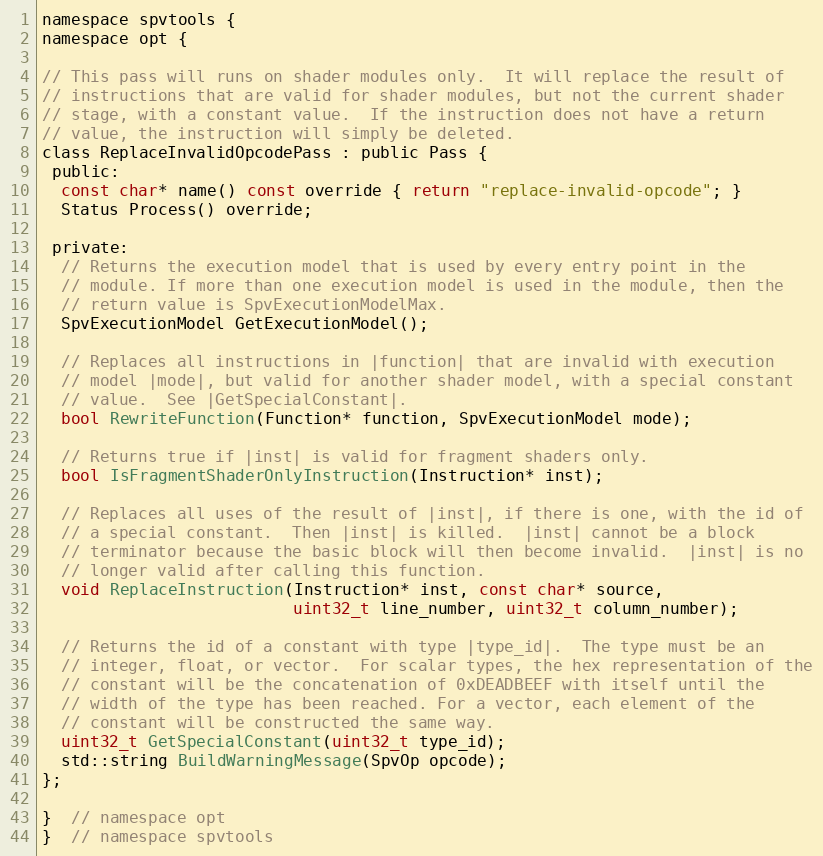
Language: C
namespace spvtools {
namespace opt {

// This pass will runs on shader modules only.  It will replace the result of
// instructions that are valid for shader modules, but not the current shader
// stage, with a constant value.  If the instruction does not have a return
// value, the instruction will simply be deleted.
class ReplaceInvalidOpcodePass : public Pass {
 public:
  const char* name() const override { return "replace-invalid-opcode"; }
  Status Process() override;

 private:
  // Returns the execution model that is used by every entry point in the
  // module. If more than one execution model is used in the module, then the
  // return value is SpvExecutionModelMax.
  SpvExecutionModel GetExecutionModel();

  // Replaces all instructions in |function| that are invalid with execution
  // model |mode|, but valid for another shader model, with a special constant
  // value.  See |GetSpecialConstant|.
  bool RewriteFunction(Function* function, SpvExecutionModel mode);

  // Returns true if |inst| is valid for fragment shaders only.
  bool IsFragmentShaderOnlyInstruction(Instruction* inst);

  // Replaces all uses of the result of |inst|, if there is one, with the id of
  // a special constant.  Then |inst| is killed.  |inst| cannot be a block
  // terminator because the basic block will then become invalid.  |inst| is no
  // longer valid after calling this function.
  void ReplaceInstruction(Instruction* inst, const char* source,
                          uint32_t line_number, uint32_t column_number);

  // Returns the id of a constant with type |type_id|.  The type must be an
  // integer, float, or vector.  For scalar types, the hex representation of the
  // constant will be the concatenation of 0xDEADBEEF with itself until the
  // width of the type has been reached. For a vector, each element of the
  // constant will be constructed the same way.
  uint32_t GetSpecialConstant(uint32_t type_id);
  std::string BuildWarningMessage(SpvOp opcode);
};

}  // namespace opt
}  // namespace spvtools